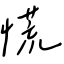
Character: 慌